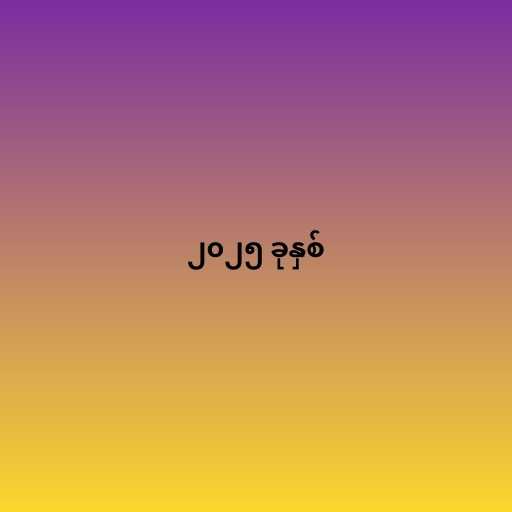
၂၀၂၅ ခုနှစ်